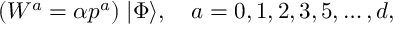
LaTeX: ( W ^ { a } = \alpha p ^ { a } ) \; | \Phi \rangle , \quad a = 0 , 1 , 2 , 3 , 5 , \dots , d ,